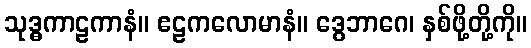
သုဒ္ဓကာဠကာနံ။ ဧဠကလောမာနံ။ ဒွေဘာဂေ၊ နှစ်ဖို့တို့ကို။